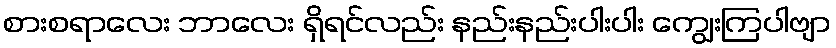
စားစရာလေး ဘာလေး ရှိရင်လည်း နည်းနည်းပါးပါး ကျွေးကြပါဗျာ